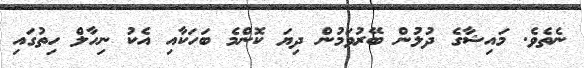
ނެތެވެ. މައިޝާގެ ދުލުން ބޭރުވަމުން ދިޔަ ކޮންމެ ބަހަކާއި އެކު ނިހާލް ހިތުގައި